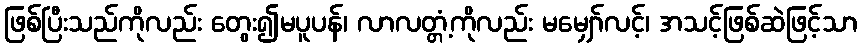
ဖြစ်ပြီးသည်ကိုလည်း တွေး၍မပူပန်၊ လာလတ္တံ့ကိုလည်း မမျှော်လင့်၊ အသင့်ဖြစ်ဆဲဖြင့်သာ